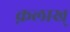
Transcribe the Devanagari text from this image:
क़लाख्‌